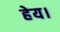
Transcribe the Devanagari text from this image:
हेय।